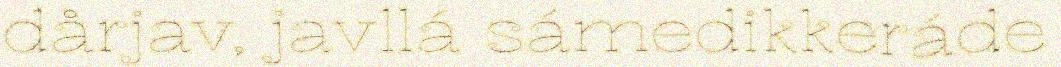
dårjav, javllá sámedikkeráde